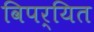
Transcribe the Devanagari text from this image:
विपर्यित